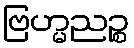
ဗြဟ္မညဉ္စ